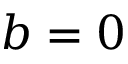
b = 0